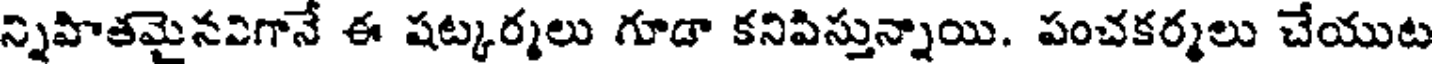
న్నిహితమైనవిగానే ఈ షట్కర్మలు గూడా కనిపిస్తున్నాయి. పంచకర్మలు చేయుట